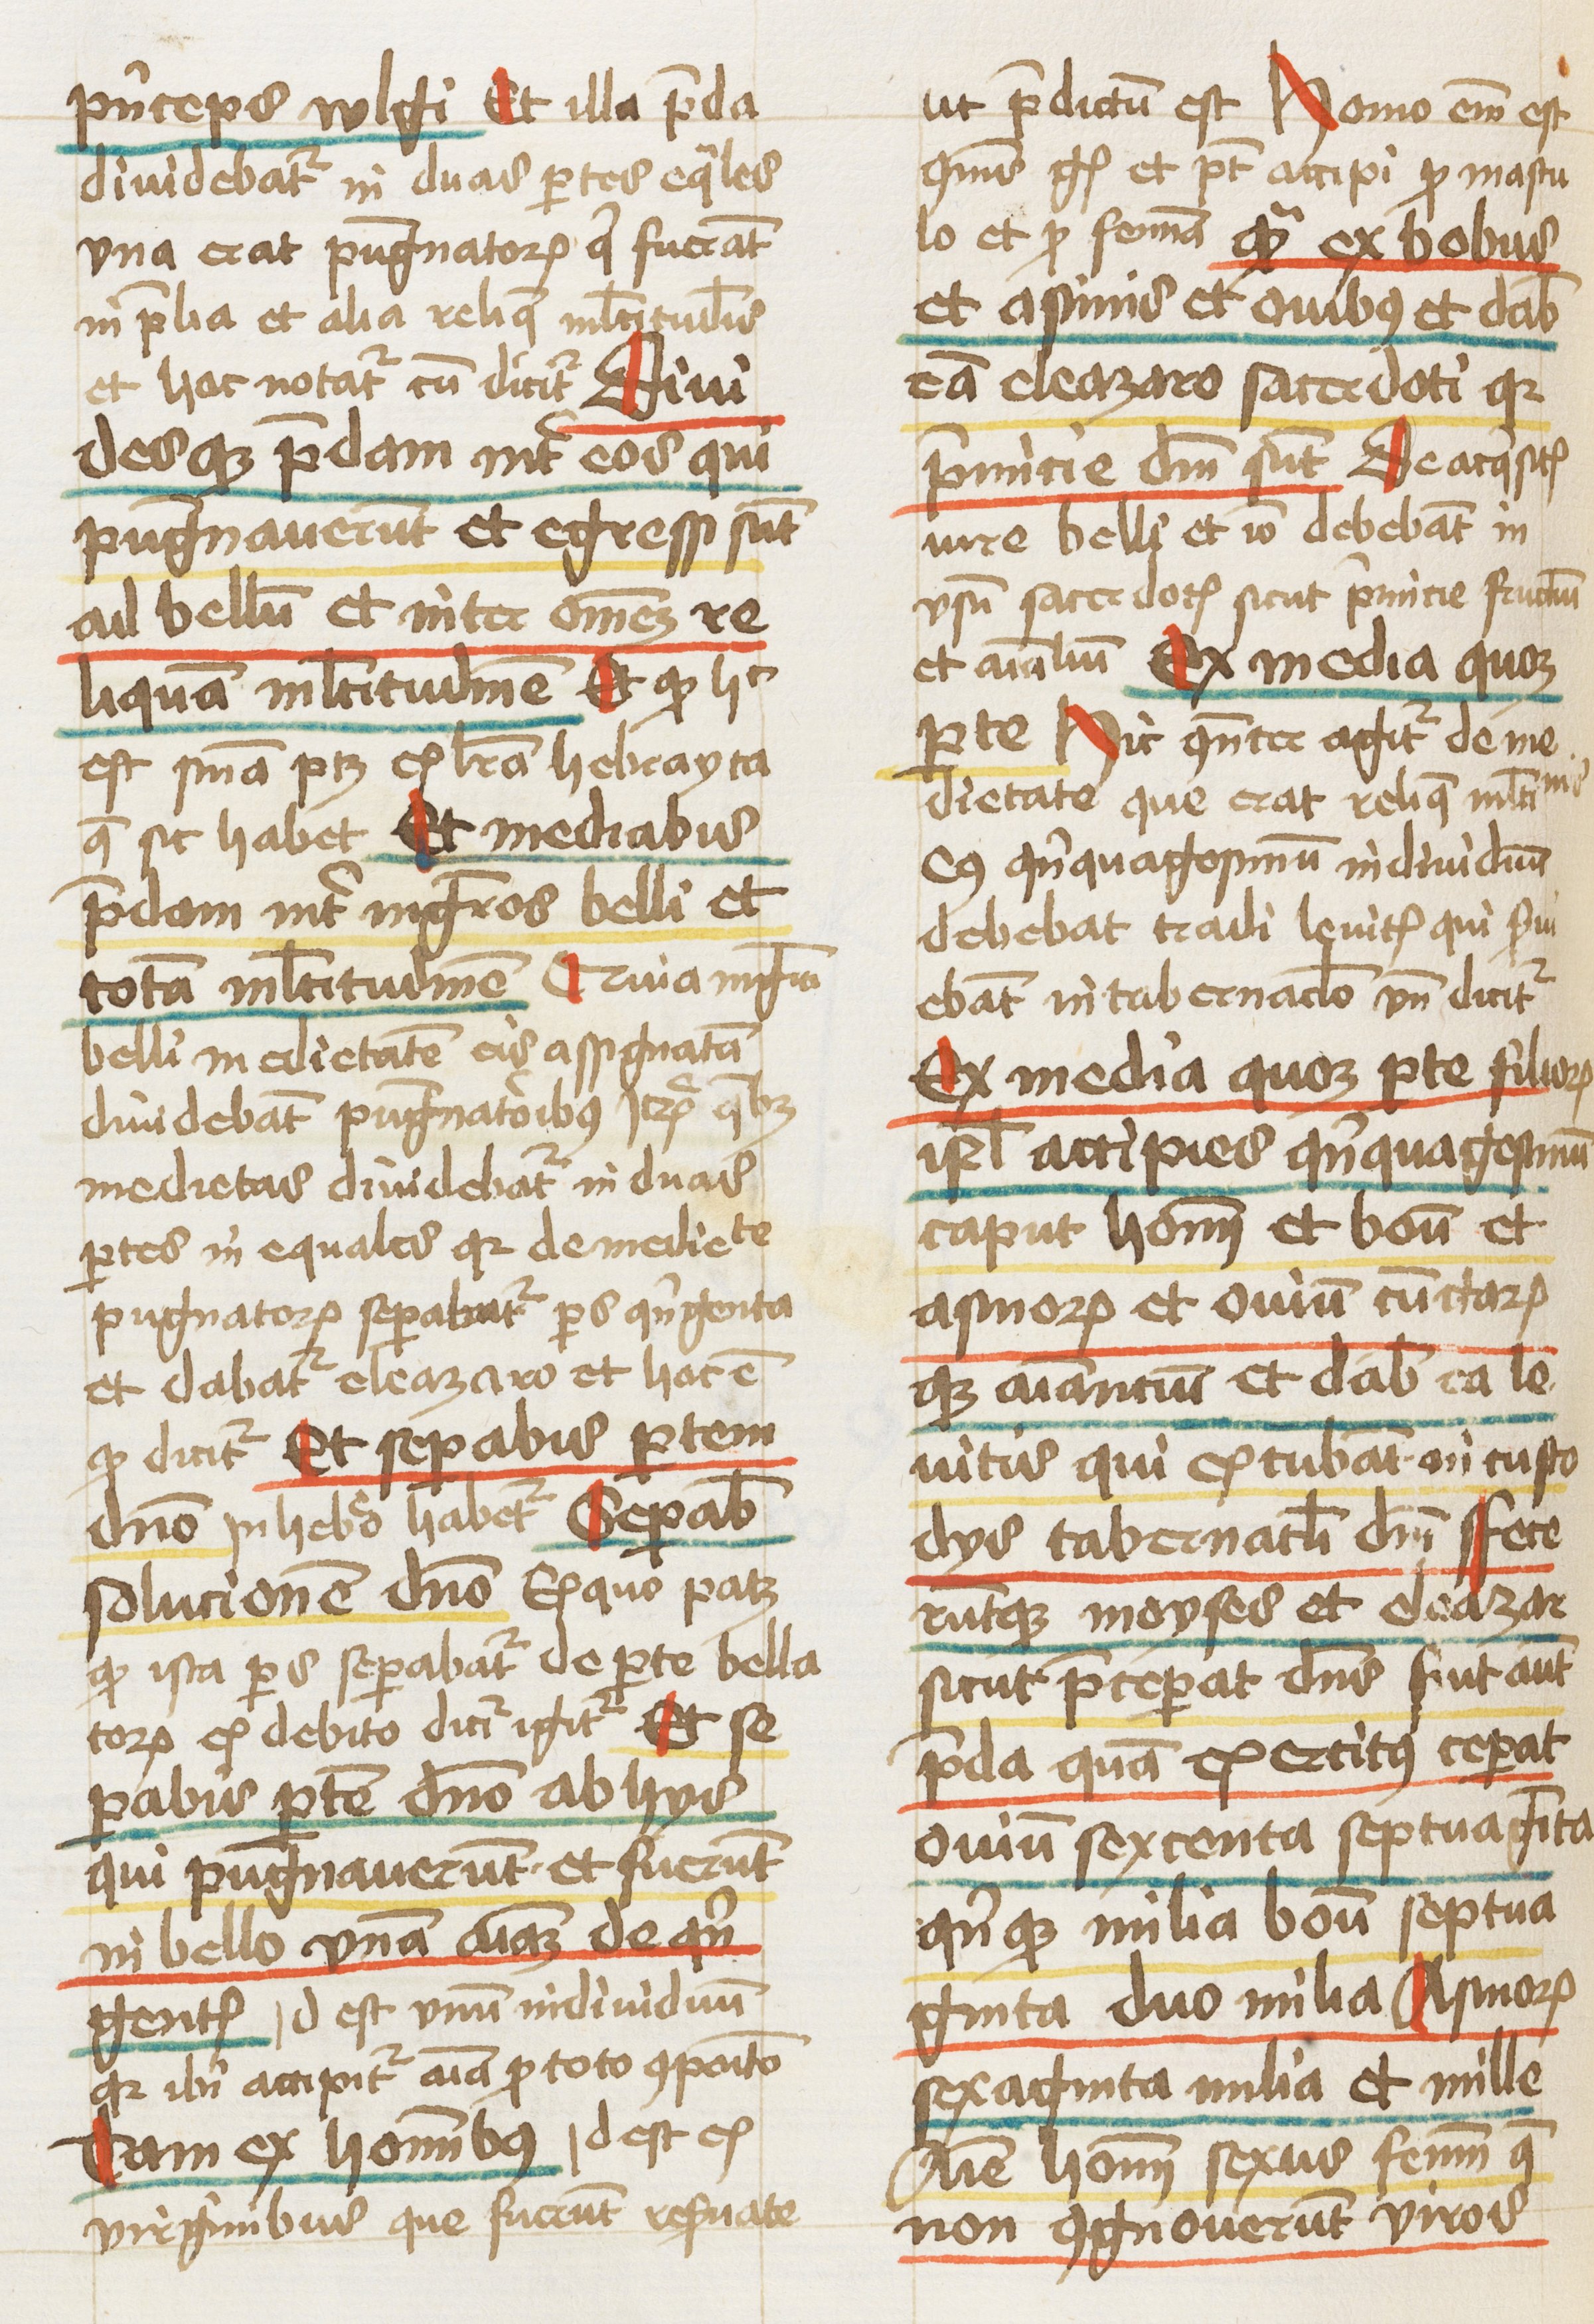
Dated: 1460–1461